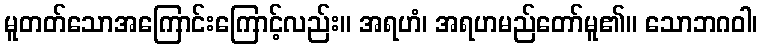
မူတတ်သောအကြောင်းကြောင့်လည်း။ အရဟံ၊ အရဟမည်တော်မူ၏။ သောဘဂဝါ၊